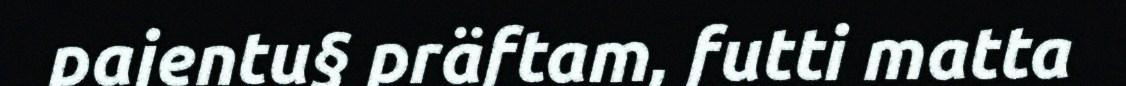
pajentu§ präftam, futti matta